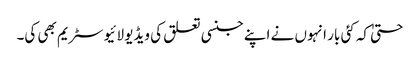
حتیٰ کہ کئی بار انہوں نے اپنے جنسی تعلق کی ویڈیو لائیو سٹریم بھی کی۔